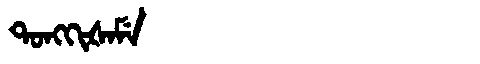
Manchu: ᡨᠣᠩᡴᡳᡧᠠᠮᡝ
Romanization: TONGKIŠAME